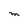
Character: M